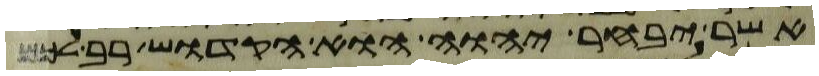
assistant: אשר יבחר יהוה הוא הקדוש רב לכם